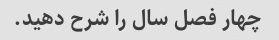
چهار فصل سال را شرح دهید.